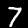
Label: 7